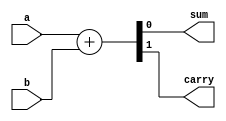
module ha_v3 (output wire sum, output wire carry, input wire a, input wire b);

  assign {carry, sum} = a + b; 

endmodule